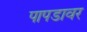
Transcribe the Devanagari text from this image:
पापडावर